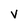
Character: V